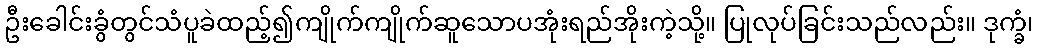
ဦးခေါင်းခွံတွင်သံပူခဲထည့်၍ကျိုက်ကျိုက်ဆူသောပအုံးရည်အိုးကဲ့သို့။ ပြုလုပ်ခြင်းသည်လည်း။ ဒုက္ခံ၊